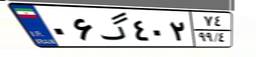
۲۱گ۶۷۳۹۳